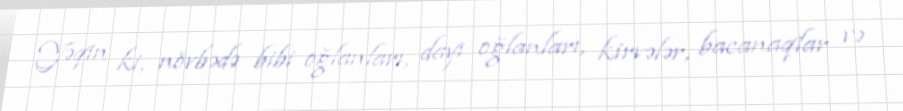
Yəqin ki, növbədə bibi oğlanları, dayı oğlanları, kirvələr, bacanaqlar və